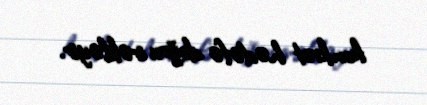
konkret hədəfə doğru irəliləyir.